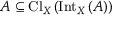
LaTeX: A \subseteq \operatorname { C l } _ { X } \left( \operatorname { I n t } _ { X } \left( A \right) \right)